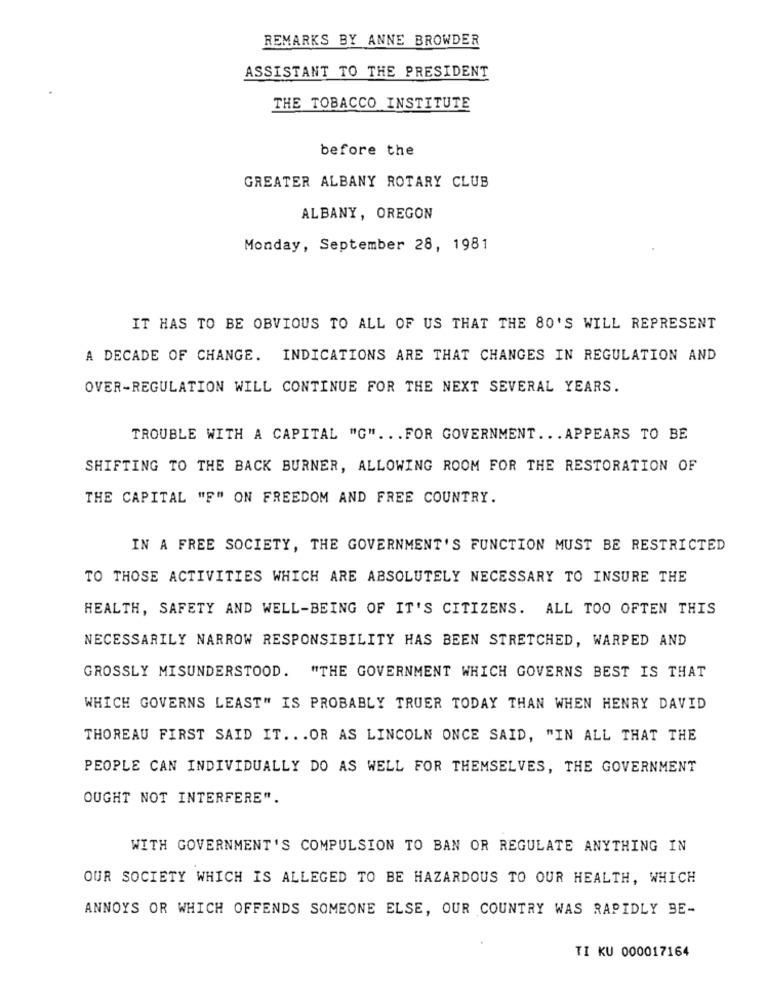
REMARKS BY ANNE BROWDER
ASSISTANT TO THE PRESIDENT
THE TOBACCO INSTITUTE
before the
GREATER ALBANY ROTARY CLUB
ALBANY, OREGON
Monday, September 28, 1981
IT HAS TO BE OBVIOUS TO ALL OF US THAT THE 80'S WILL REPRESENT
A DECADE OF CHANGE. INDICATIONS ARE THAT CHANGES IN REGULATION AND
OVER-REGULATION WILL CONTINUE FOR THE NEXT SEVERAL YEARS.
TROUBLE WITH A CAPITAL "G" .. . FOR GOVERNMENT ... APPEARS TO BE
SHIFTING TO THE BACK BURNER, ALLOWING ROOM FOR THE RESTORATION OF
THE CAPITAL "F" ON FREEDOM AND FREE COUNTRY.
IN A FREE SOCIETY, THE GOVERNMENT'S FUNCTION MUST BE RESTRICTED
TO THOSE ACTIVITIES WHICH ARE ABSOLUTELY NECESSARY TO INSURE THE
HEALTH, SAFETY AND WELL-BEING OF IT'S CITIZENS. ALL TOO OFTEN THIS
NECESSARILY NARROW RESPONSIBILITY HAS BEEN STRETCHED, WARPED AND
GROSSLY MISUNDERSTOOD. "THE GOVERNMENT WHICH GOVERNS BEST IS THAT
WHICH GOVERNS LEAST" IS PROBABLY TRUER TODAY THAN WHEN HENRY DAVID
THOREAU FIRST SAID IT .. . OR AS LINCOLN ONCE SAID, "IN ALL THAT THE
PEOPLE CAN INDIVIDUALLY DO AS WELL FOR THEMSELVES, THE GOVERNMENT
OUGHT NOT INTERFERE".
WITH GOVERNMENT'S COMPULSION TO BAN OR REGULATE ANYTHING IN
OUR SOCIETY WHICH IS ALLEGED TO BE HAZARDOUS TO OUR HEALTH, WHICH
ANNOYS OR WHICH OFFENDS SOMEONE ELSE, OUR COUNTRY WAS RAPIDLY BE-
TI KU 000017164